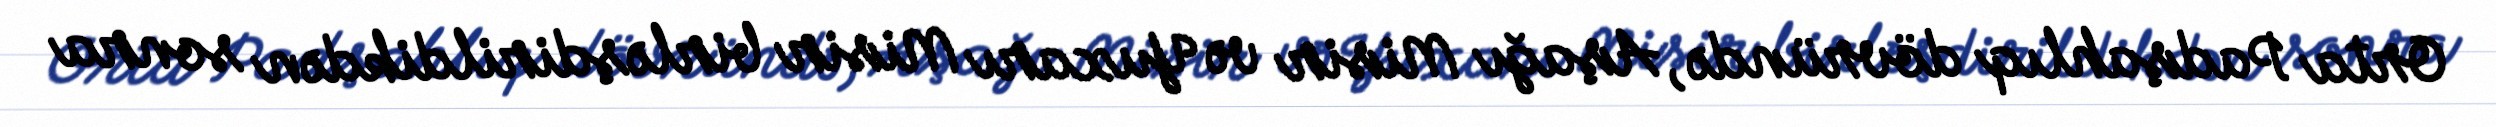
Orta Padşahlıq dövründə, Aşağı Misir və Yuxarı Misir birləşdirildikdən sonra